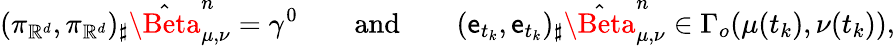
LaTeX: (\pi_{\mathbb{R}^{d}},\pi_{\mathbb{R}^{d}})_{\sharp}\hat{\Beta}_{\mu,\nu}^{n}=\gamma^{0}\qquad\mathrm{and}\qquad(\textnormal{\textsf{e}}_{t_{k}},\textnormal{\textsf{e}}_{t_{k}})_{\sharp}\hat{\Beta}_{\mu,\nu}^{n}\in\Gamma_{o}(\mu(t_{k}),\nu(t_{k})),